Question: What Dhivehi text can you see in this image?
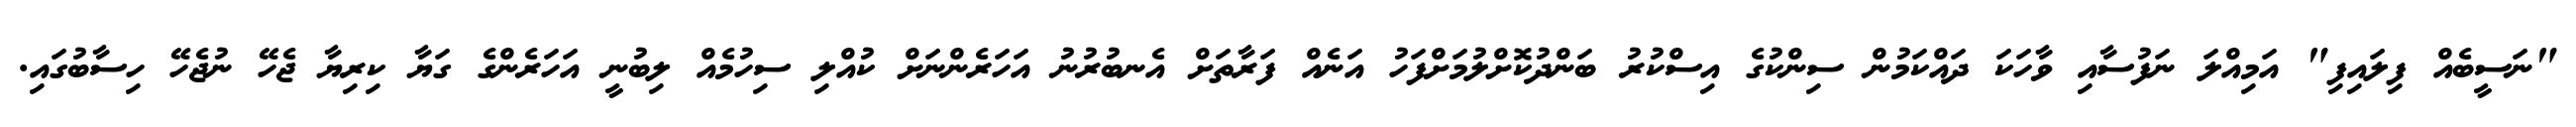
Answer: "ނަސީބެއް ފިލައިފި" އަމިއްލަ ނަފުސާއި ވާހަކަ ދައްކަމުން ސިންކުގެ އިސްކުރު ބަންދުކޮށްލުމަށްފަހު އަނެއް ފަރާތަށް އެނބުރުނު އަހަރެންނަށް ކުއްލި ސިހުމެއް ލިބުނީ އަހަރެންގެ ގަޔާ ކިރިޔާ ޖެހޭ ނުޖެހޭ ހިސާބުގައި.